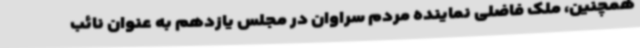
همچنین، ملک فاضلی نماینده مردم سراوان در مجلس یازدهم به عنوان نائب